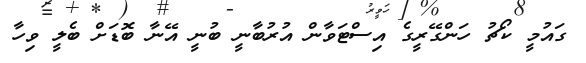
ގައުމީ ކޯޗު ހަންގޭރީގެ އިސްޓަވާން އުރުބާނީ ބުނީ އޭނާ ބޮޑަށް ބެލީ ވިހާ